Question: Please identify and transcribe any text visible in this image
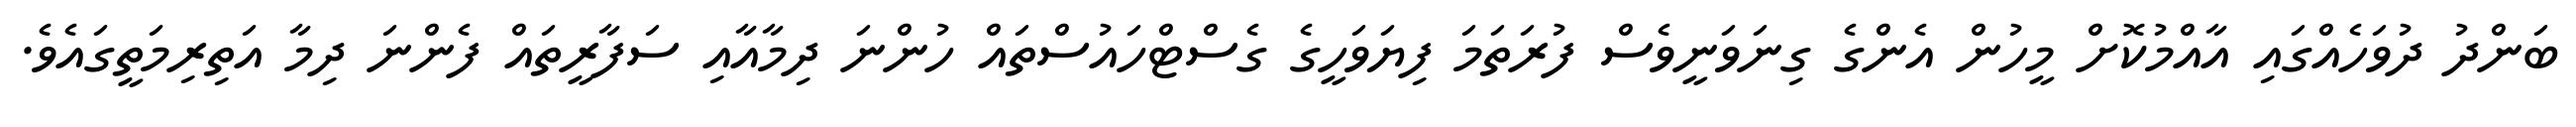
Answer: ބަންދު ދުވަހެއްގައި އާއްމުކޮށް މީހުން އެންގެ ގިނަވަނީވެސް ފުރަތަމަ ފިޔަވަހީގެ ގެސްޓްހައުސްތައް ހުންނަ ދިމާއާއި ސަފާރީތައް ފެންނަ ދިމާ އަތިރިމަތީގައެވެ.